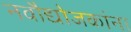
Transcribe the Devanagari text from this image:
नवौद्योजकांना